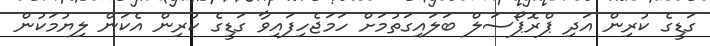
ގަޑީގެ ކުރިން އަދި ޕްރޮޕޯސަލް ބަލައިގަތުމަށް ހަމަޖެހިފައިވާ ގަޑީގެ ކުރިން އެކަން ލިޔުމަކުން